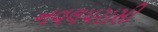
નવલપરાસી